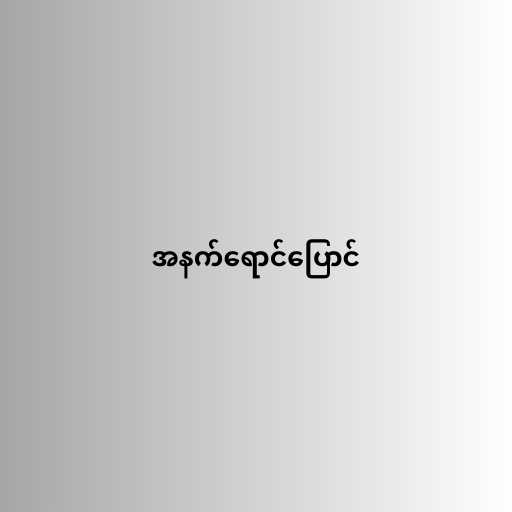
အနက်ရောင်ပြောင်